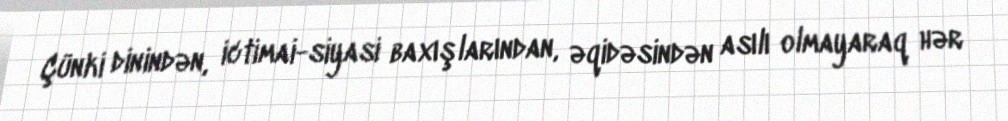
Çünki dinindən, ictimai-siyasi baxışlarından, əqidəsindən asılı olmayaraq hər